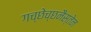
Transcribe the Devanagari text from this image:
गच्छेच्छनैस्तेन